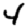
Digit: 4